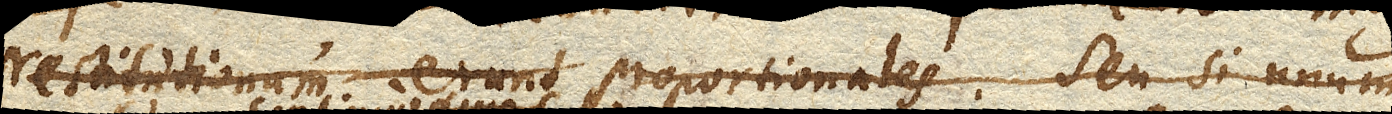
restitutionum erunt proportionales, seu si unum